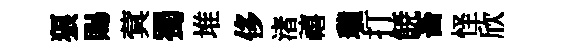
狼賜蓂蜀堆侈渚禧瓏打𩜙畜怪欣